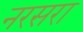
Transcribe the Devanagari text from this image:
नरसरा